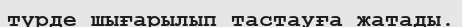
түрде шығарылып тастауға жатады.